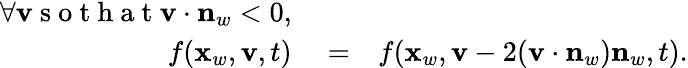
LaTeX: \begin{array}{rlr}{\forall\mathbf v\mathrm{~s~o~t~h~a~t~}\mathbf v\cdot\mathbf n_{w}<0,}&{{}}&{}\\ {f(\mathbf x_{w},\mathbf v,t)}&{{}=}&{f(\mathbf x_{w},\mathbf v-2(\mathbf v\cdot\mathbf n_{w})\mathbf n_{w},t).}\end{array}